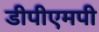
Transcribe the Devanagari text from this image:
डीपीएमपी